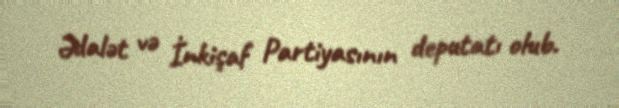
Ədalət və İnkişaf Partiyasının deputatı olub.